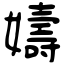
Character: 嬦